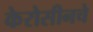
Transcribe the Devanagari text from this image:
केरोसीनचे